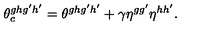
\theta _ { c } ^ { g h g ^ { \prime } h ^ { \prime } } = \theta ^ { g h g ^ { \prime } h ^ { \prime } } + \gamma \eta ^ { g g ^ { \prime } } \eta ^ { h h ^ { \prime } } .